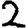
Digit: 2